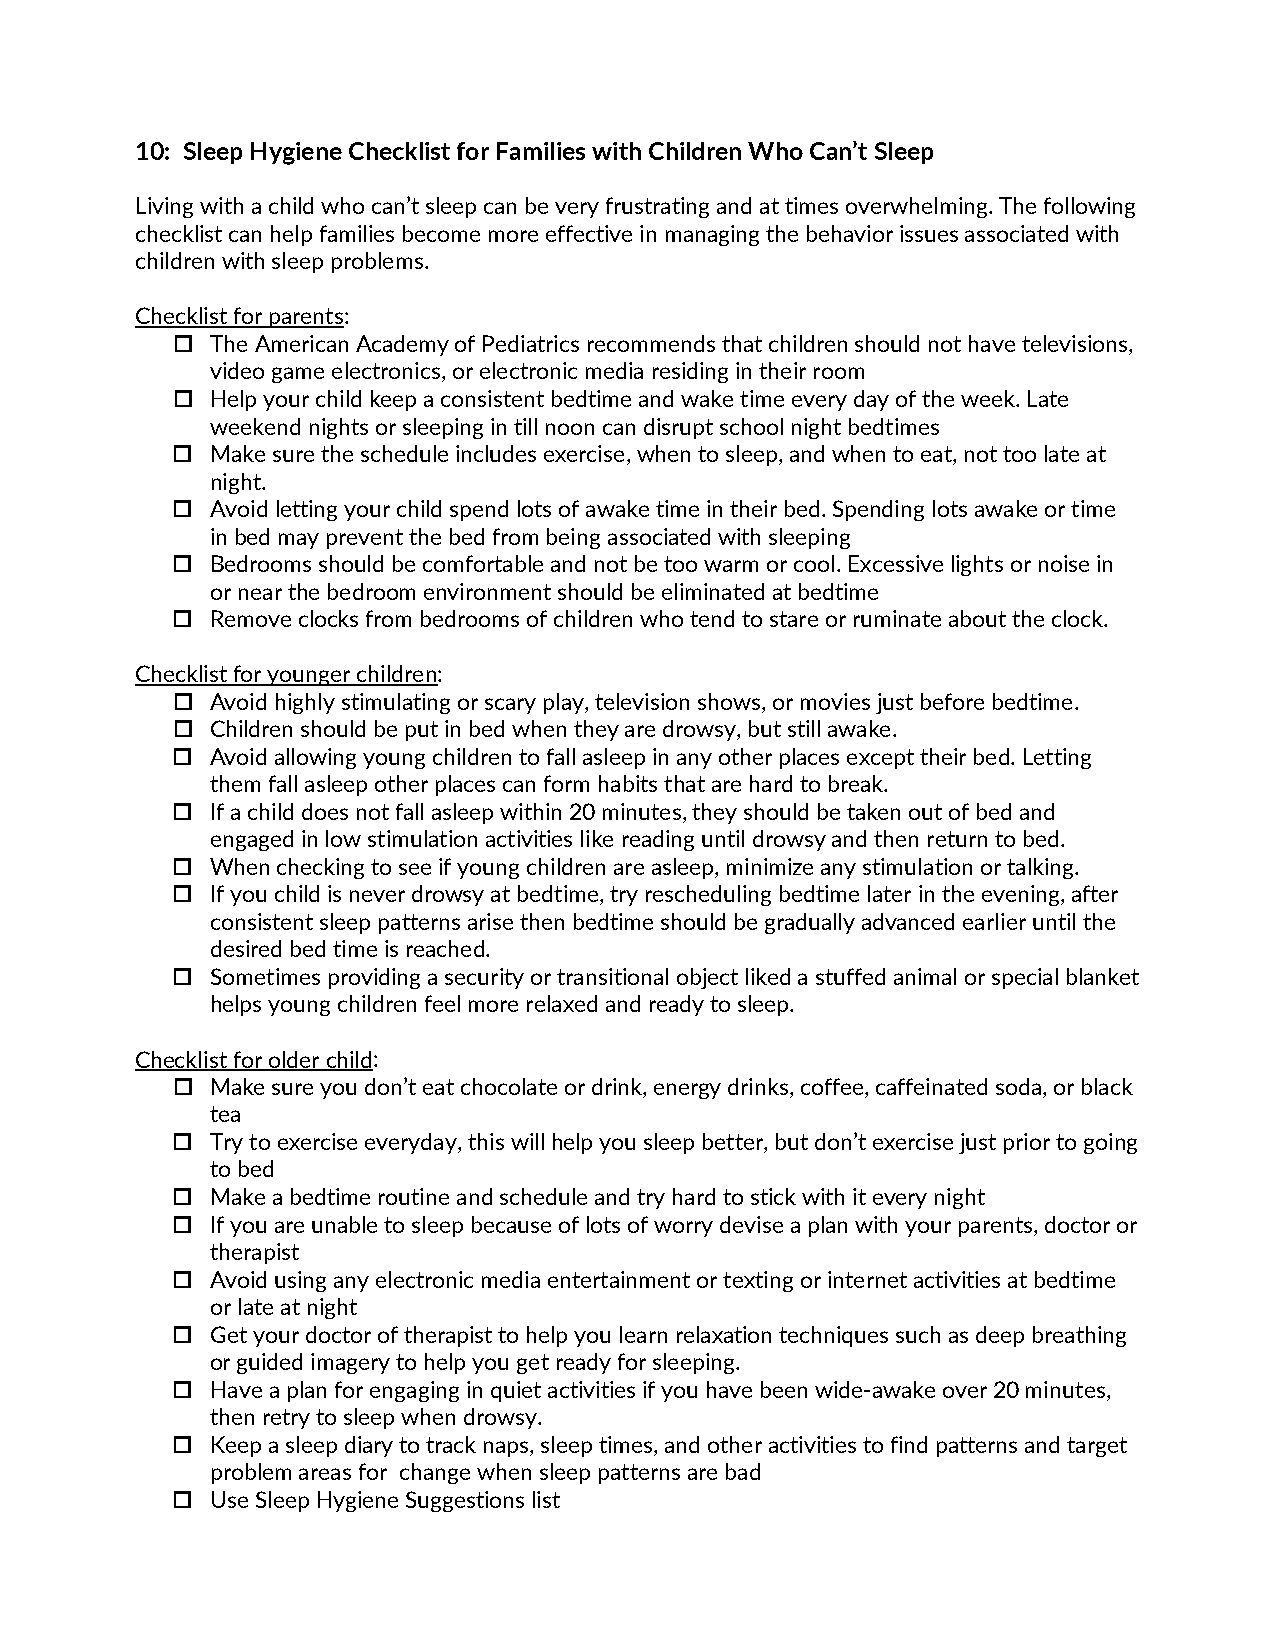
10: Sleep Hygiene Checklist for Families with Children Who Can’t Sleep
 Living with a child who can’t sleep can be very frustrating and at times overwhelming. The following
 checklist can help families become more effective in managing the behavior issues associated with
 children with sleep problems.
 Checklist for parents:
   The American Academy of Pediatrics recommends that children should not have televisions,
 video game electronics, or electronic media residing in their room
   Help your child keep a consistent bedtime and wake time every day of the week. Late
 weekend nights or sleeping in till noon can disrupt school night bedtimes
   Make sure the schedule includes exercise, when to sleep, and when to eat, not too late at
 night.
   Avoid letting your child spend lots of awake time in their bed. Spending lots awake or time
 in bed may prevent the bed from being associated with sleeping
   Bedrooms should be comfortable and not be too warm or cool. Excessive lights or noise in
 or near the bedroom environment should be eliminated at bedtime
   Remove clocks from bedrooms of children who tend to stare or ruminate about the clock.
 Checklist for younger children:
   Avoid highly stimulating or scary play, television shows, or movies just before bedtime.
   Children should be put in bed when they are drowsy, but still awake.
   Avoid allowing young children to fall asleep in any other places except their bed. Letting
 them fall asleep other places can form habits that are hard to break.
   If a child does not fall asleep within 20 minutes, they should be taken out of bed and
 engaged in low stimulation activities like reading until drowsy and then return to bed.
   When checking to see if young children are asleep, minimize any stimulation or talking.
   If you child is never drowsy at bedtime, try rescheduling bedtime later in the evening, after
 consistent sleep patterns arise then bedtime should be gradually advanced earlier until the
 desired bed time is reached.
   Sometimes providing a security or transitional object liked a stuffed animal or special blanket
 helps young children feel more relaxed and ready to sleep.
 Checklist for older child:
   Make sure you don’t eat chocolate or drink, energy drinks, coffee, caffeinated soda, or black
 tea
   Try to exercise everyday, this will help you sleep better, but don’t exercise just prior to going
 to bed
   Make a bedtime routine and schedule and try hard to stick with it every night
   If you are unable to sleep because of lots of worry devise a plan with your parents, doctor or
 therapist
   Avoid using any electronic media entertainment or texting or internet activities at bedtime
 or late at night
   Get your doctor of therapist to help you learn relaxation techniques such as deep breathing
 or guided imagery to help you get ready for sleeping.
   Have a plan for engaging in quiet activities if you have been wide-awake over 20 minutes,
 then retry to sleep when drowsy.
   Keep a sleep diary to track naps, sleep times, and other activities to find patterns and target
 problem areas for change when sleep patterns are bad
   Use Sleep Hygiene Suggestions list